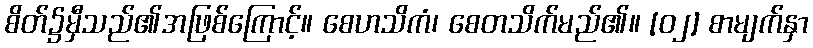
စိတ်၌မှီသည်၏အဖြစ်ကြောင့်။ စေဟသိကံ၊ စေတသိက်မည်၏။ [၀၂] စာမျက်နှာ